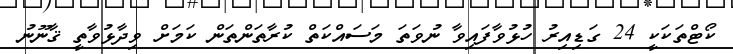
ކޯޓްތަކަކީ 24 ގަޑިއިރު ހުޅުވާފައިވާ ނުވަތަ މަސައްކަތް ކުރާތަންތަން ކަމަށް ވިދާޅުވާތީ ޤާނޫނު